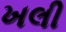
ખલી